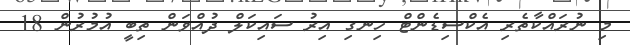
މި ނުރައްކާތެރި އެކްސިޑެންޓް ހިނގި އިރު ސައިކަލް ދުއްވަން ތިބީ އުމުރުން 18